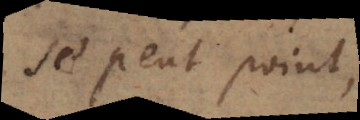
se peut point,